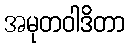
အမုတဝါဒိတာ